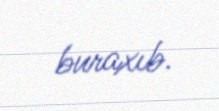
buraxıb.